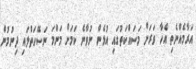
އަރާމެއްނެތި އެހާ ވަރަށް މަސައްކަތުގައި އުޅެން ނުވާނެ ކަމަށް މަންމަ ނަސޭހަތްލައި ދިނުމުން